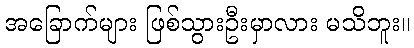
အခြောက်များ ဖြစ်သွားဦးမှာလား မသိဘူး။